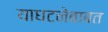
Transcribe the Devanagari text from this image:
याघटनेबाबत